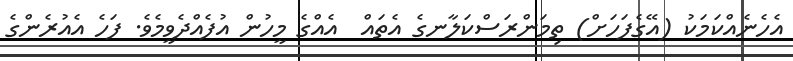
އެހެނެއްކަމަކު (އޭގެފަހަށް) ތިމަންރަސްކަލާނގެ އެތައް  އެއްގެ މީހުން އުފެއްދެވީމެވެ. ފަހެ އެއުރެންގެ